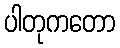
ပါတုကတော